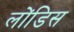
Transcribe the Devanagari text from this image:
लोंडिस